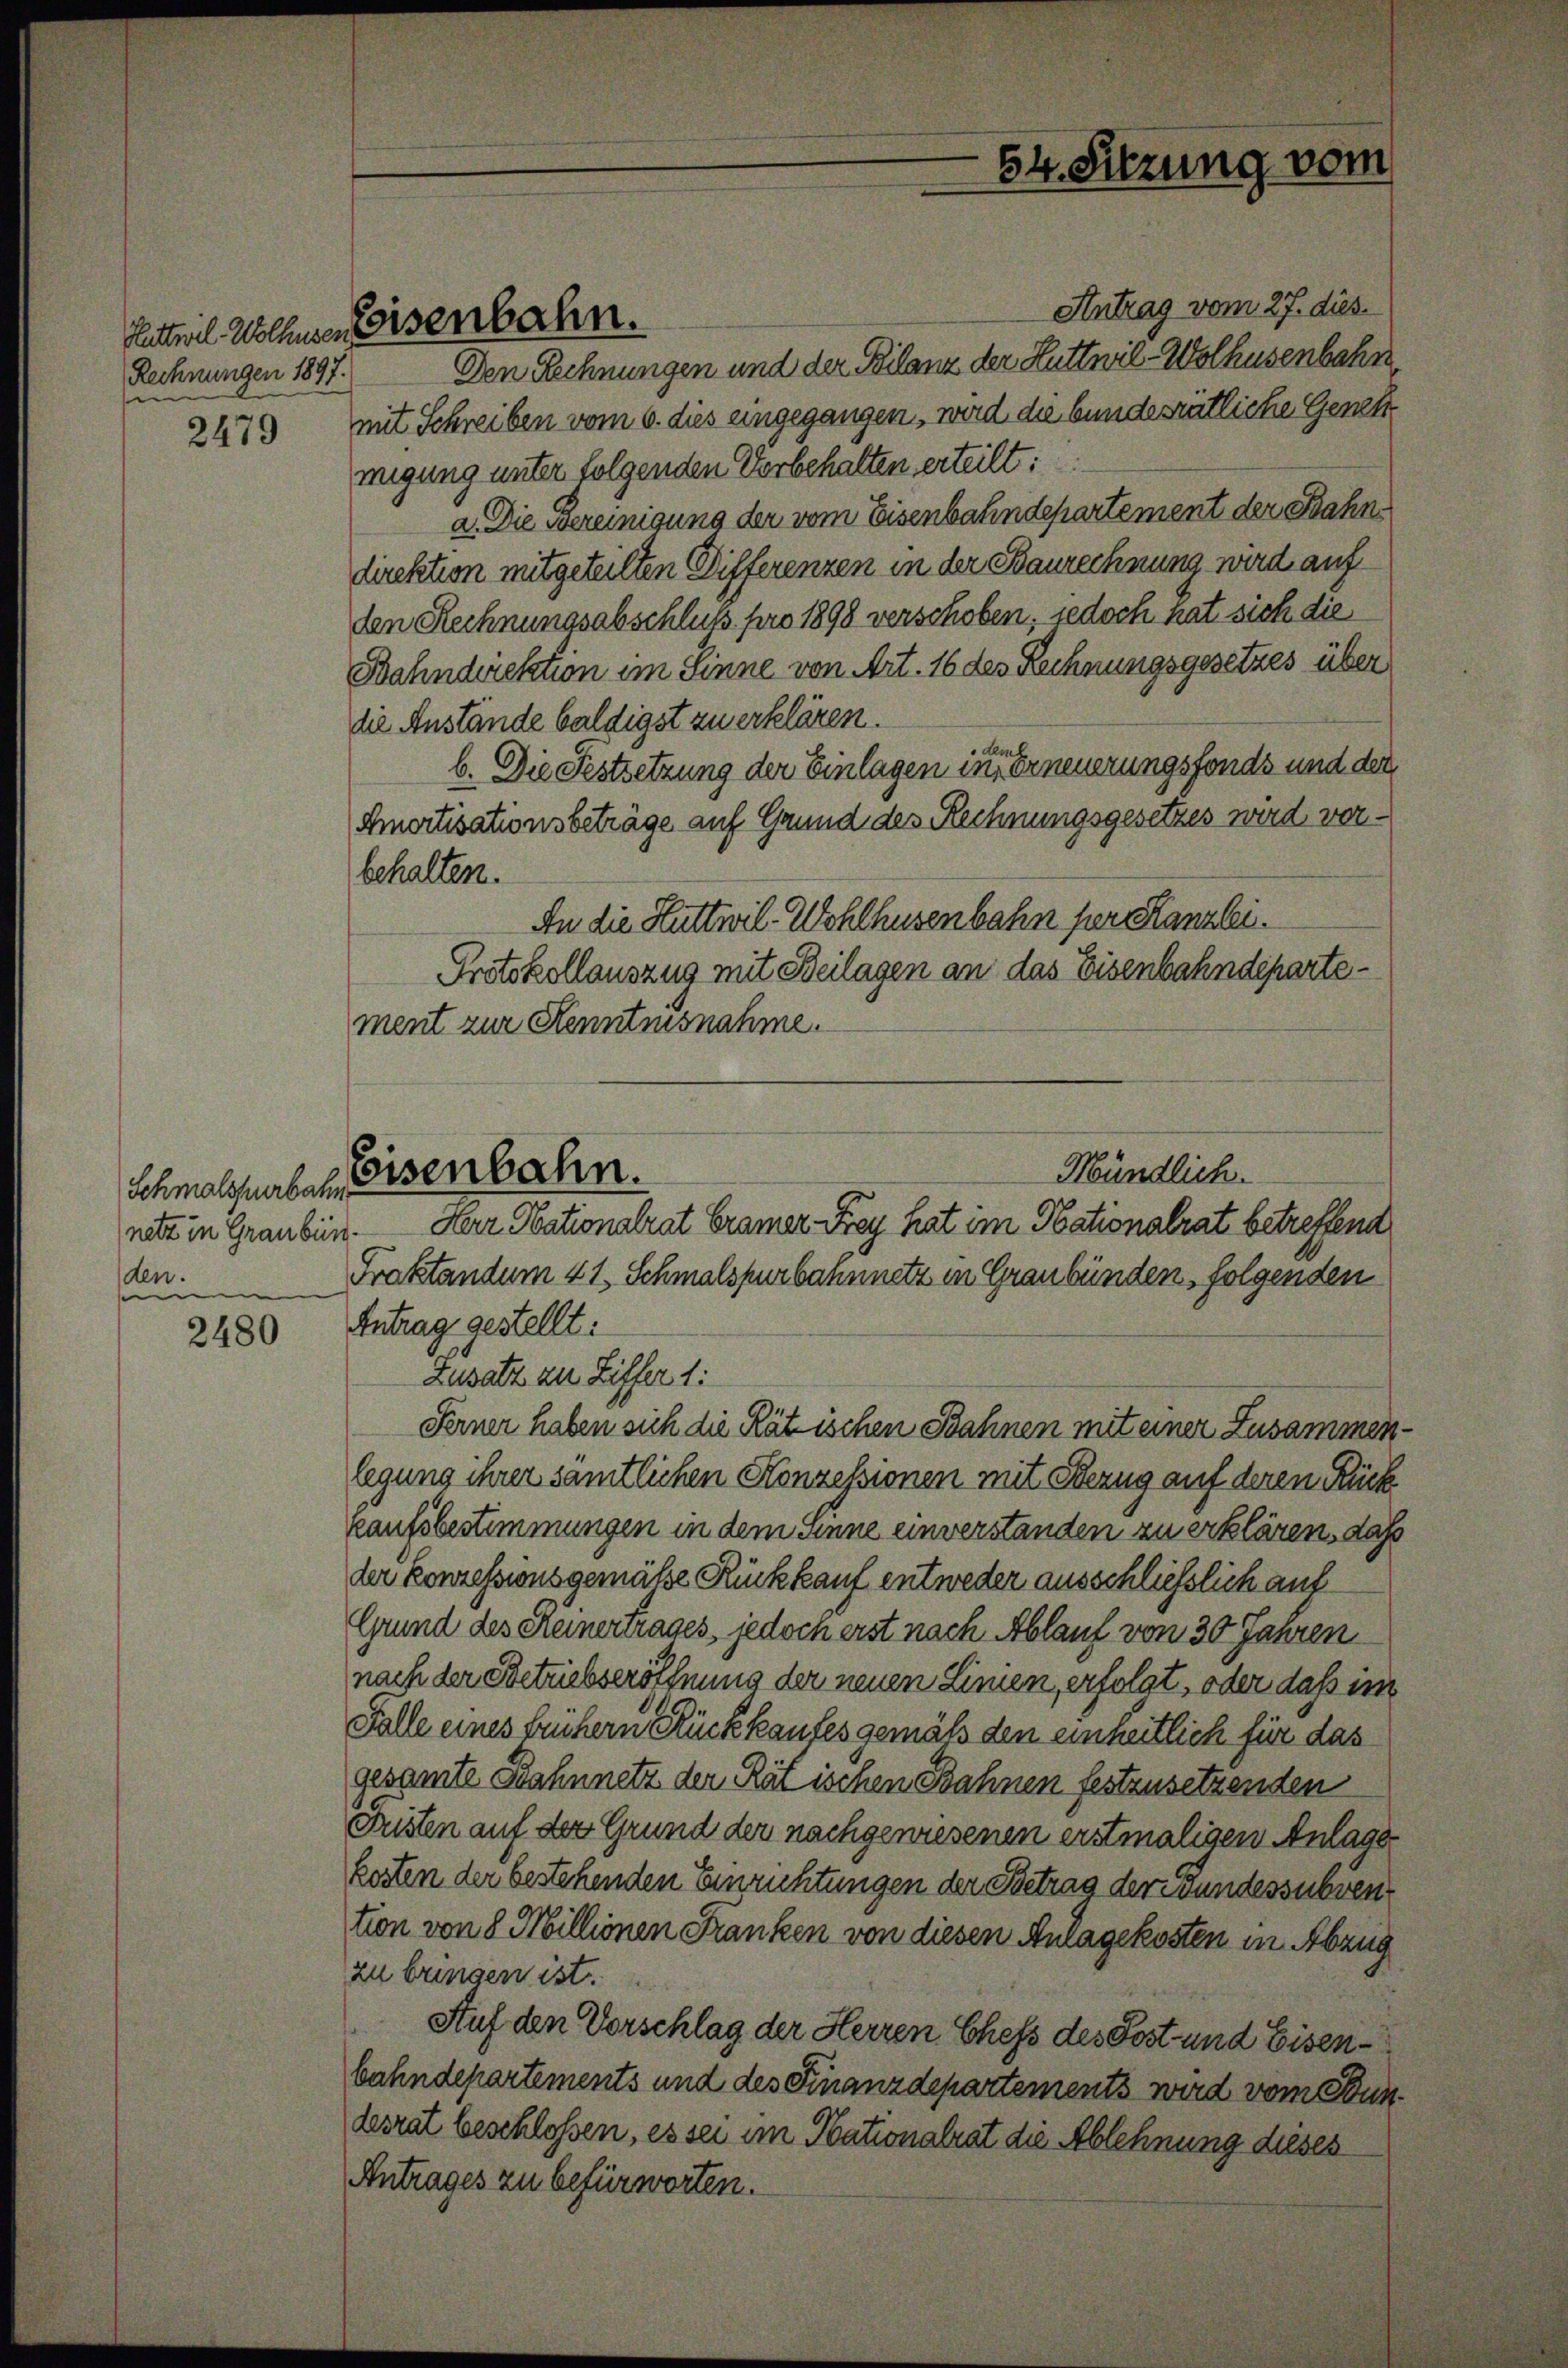
Rechnungen 1897.
e

2479

Schmalspurbahn
netz in Graubün
den.
e

2480

Antrag vom 27. dies
Den Rechnungen und der Bilanz der Hüttnil-Wolhusenbahn
mit Schreiben vom 6. dies eingegangen, wird die bundesrätliche Genehmigung unter folgenden Vorbehalten erteilt:
a. Die Bereinigung der vom Eisenbahndepartement der Bahndirektion mitgeteilten Differenzen in der Baurechnung wird auf
den Rechnungsabschluß pro 1898 verschoben, jedoch nat sich die
Bahndirektion im Sinne von Art. 16 des Rechnungsgesetzes über
die Anstände baldigst zu erklären.
b. Die Festsetzung der Einlagen in der neuerungsfonds und der
Amortisationsbeträge auf Grund des Rechnungsgesetzes wird vorbehalten.
An die Huttwil-Wohlhusenbahn für Kanzlei.
Protokollauszug mit Beilagen an das Eisenbahndepartement zur Kenntnisnahme.

Ketteil Wehnen Eisenbahn.

Eisenbahn.

Fraktandum 41. Schmalspurbahnnetz in Graubünden, folgenden

Her Nationalrat Cramer Frey hat im Nationalrat betreffend

54. Sitzung vom

Antrag gestellt:
Zusatz zu Ziffer 1:
legung ihrer samtlichen Konzessionen mit Bezug auf deren Rück
kaufsbestimmungen in dem Sinne einverstanden zu erklären, daß
der konzessionsgemäße Rückkauf entweder ausschliesslich auf
Grund des Reinertrages, jedoch erst nach Ablauf von 30 Jahren
nach der Betriebseröffnung der neuen Linien, erfolgt, oder daß im
Falle eines frühern Rückkaufes gemäß den einheitlich für das
gesamte Bahnnetz der Rätischen Bahnen festzusetzenden
Fristen auf der Grund der nachgewiesenen erstmaligen Anlage
kosten der bestehenden Einrichtungen der Betrag der Bundessubvention von 8 Millionen Franken von diesen Anlagekosten in Abzug
zu bringen ist.
Auf den Vorschlag der Herren Chefs des Post- und Eisenbahndepartements und des Finanzdepartements wird vom Bundesrat beschlossen, es sei im Nationalrat die Ablehnung dieses
Antrages zu befürworten.

Mündlich.

Ferner haben sich die Rätischen Bahnen mit einer Zusammen¬